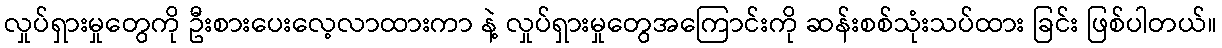
လှုပ်ရှားမှုတွေကို ဦးစားပေးလေ့လာထားကာ နဲ့ လှုပ်ရှားမှုတွေအကြောင်းကို ဆန်းစစ်သုံးသပ်ထား ခြင်း ဖြစ်ပါတယ်။